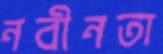
নবীনতা